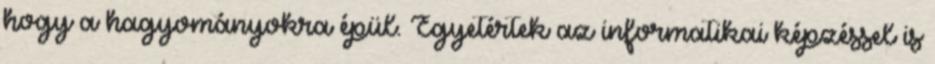
hogy a hagyományokra épül. Egyetértek az informatikai képzéssel is